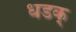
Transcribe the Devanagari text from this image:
धडक्